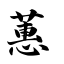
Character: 蕙